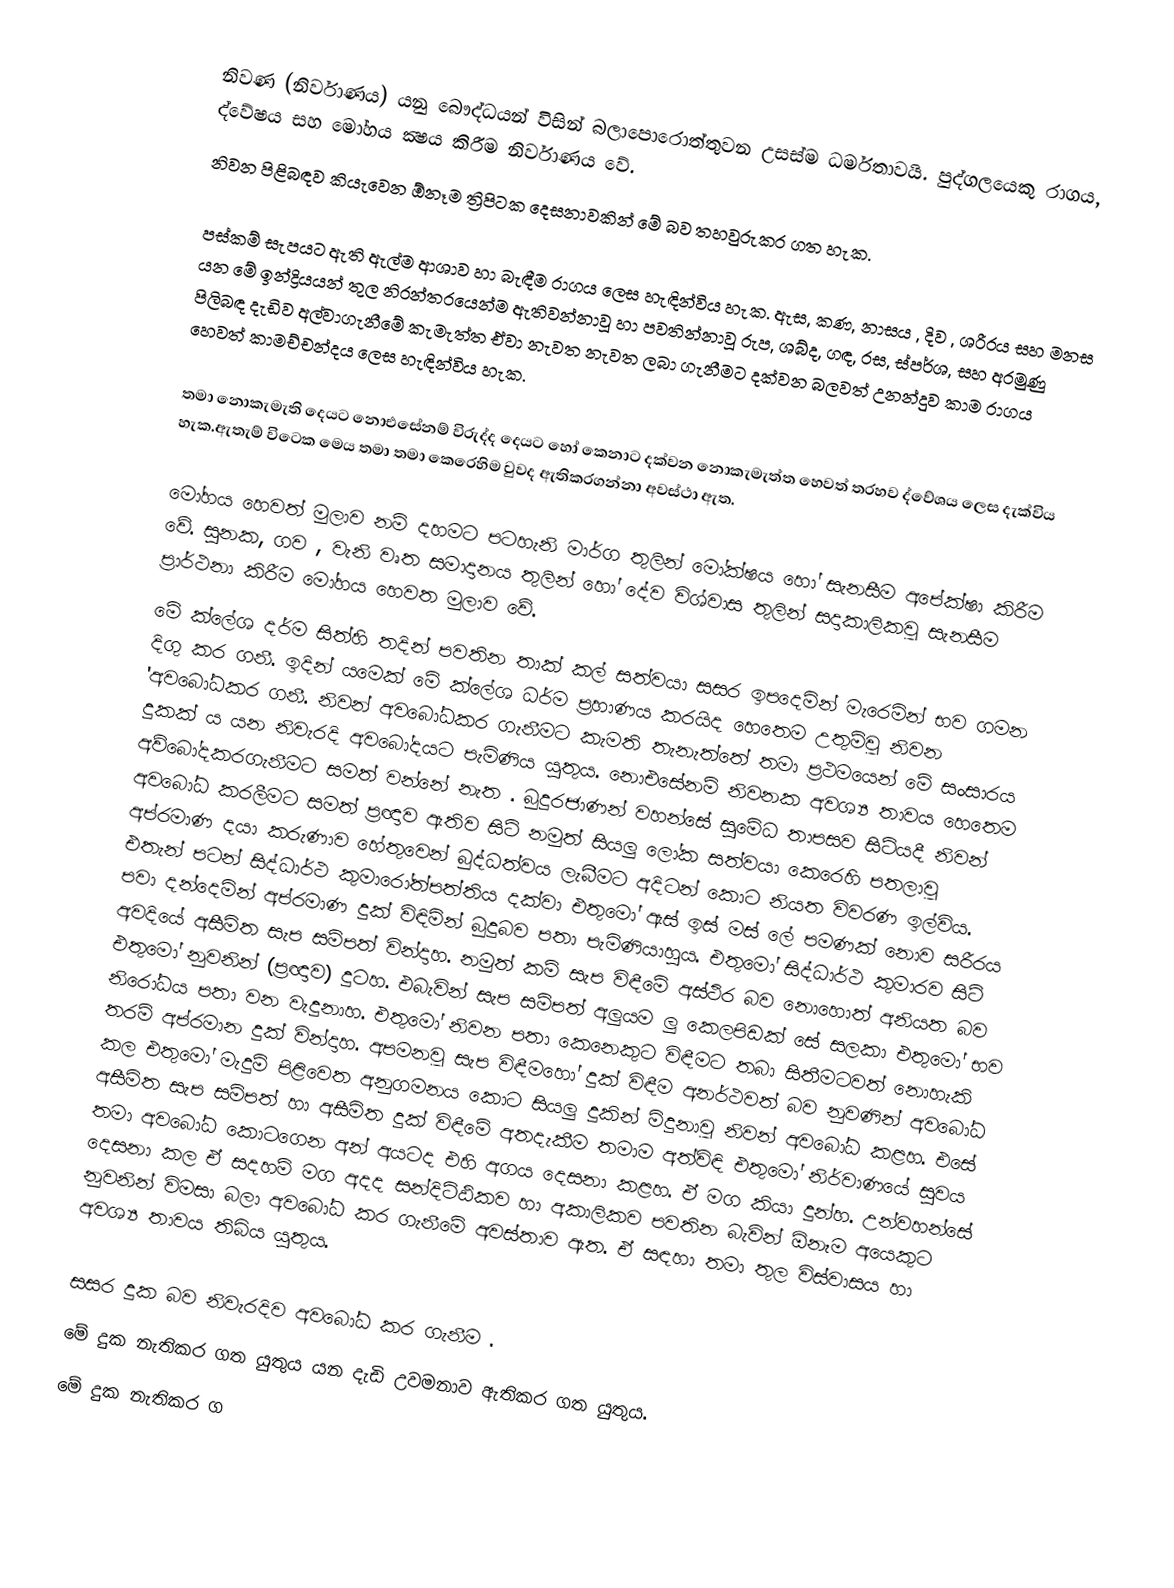
නිවණ (නිර්වාණය) යනු බෞද්ධයන් විසින් බලාපොරොත්තුවන උසස්ම ධර්මතාවයි. පුද්ගලයෙකු රාගය, ද්වේෂය සහ මෝහය ක්‍ෂය කිරීම නිර්වාණය වේ.
නිවන පිළිබඳව කියැවෙන ඕනෑම ත්‍රිපිටක දෙසනාවකින් මේ බව තහවුරුකර ගත හැක.

පස්කම් සැපයට ඇති ඇල්ම ආශාව හා බැඳීම රාගය ලෙස හැඳින්විය හැක. ඇස, කණ, නාසය , දිව , ශරීරය සහ මනස යන මේ ඉන්ද්‍රියයන් තුල නිරන්තරයෙන්ම ඇතිවන්නාවූ හා පවතින්නාවූ රුප, ශබ්ද, ගඳ, රස, ස්පර්ශ, සහ අරමුණු පිලිබඳ දැඩිව අල්වාගැනීමේ කැමැත්ත ඒවා නැවත නැවත ලබා ගැනීමට දක්වන බලවත් උනන්දුව කාම රාගය හෙවත් කාමච්චන්දය ලෙස හැඳින්විය හැක.

තමා නොකැමැති දෙයට නොඑසේනම් විරුද්ද දෙයට හෝ කෙනාට දක්වන නොකැමැත්ත හෙවත් තරහව  ද්වේශය ලෙස දැක්විය හැක.ඇතැම් විටෙක මෙය  තමා තමා කෙරෙහිම වුවද ඇතිකරගන්නා අවස්ථා ඇත.

මෝහය හෙවත් මුලාව නම් දහමට පටහැනි මාර්ග තුලින් මෝක්ෂය හෝ සැනසීම අපේක්ෂා කිරීම වේ. සුනක, ගව , වැනි වෘත සමාදානය තුලින් හෝ  දේව විශ්වාස තුලින් සදාකාලිකවූ සැනසීම ප්‍රාර්ථනා කිරීම මෝහය හෙවත මුලාව වේ.
මේ ක්ලේශ දර්ම සිත්හි තදින් පවතින තාක් කල් සත්වයා සසර ඉපදෙමින් මැරෙමින් භව ගමන දිගු කර ගනී. ඉදින් යමෙක් මේ ක්ලේශ ධර්ම ප්‍රහාණය කරයිද හෙතෙම උතුම්වූ නිවන  'අවබෝධකර ගනී. නිවන් අවබෝධකර ගැනීමට කැමති තැනැත්තේ තමා ප්‍රථමයෙන් මේ සංසාරය දුකක් ය යන නිවැරදි අවබෝදයට පැමිණිය යුතුය. නොඑසේනම් නිවනක අවශ්‍ය තාවය හෙතෙම අව්බෝදකරගැනීමට සමත් වන්නේ නැත . බුදුරජාණන් වහන්සේ  සුමේධ තාපසව සිටියදී නිවන් අවබෝධ කරලීමට සමත් ප්‍රඥාව ඇතිව සිටි නමුත් සියලු ලෝක සත්වයා කෙරෙහි පතලාවූ අප්රමාණ දයා කරුණාව හේතුවෙන් බුද්ධත්වය ලැබීමට අදිටන් කොට නියත විවරණ ඉල්විය. එතැන් පටන් සිද්ධාර්ථ කුමාරෝත්පත්තිය දක්වා එතුමෝ ඇස් ඉස් මස් ලේ පමණක් නොව සරීරය පවා දන්දෙමින් අප්රමාණ දුක් විඳිමින් බුදුබව පතා පැමිණියාහුය. එතුමෝ සිද්ධාර්ථ කුමාරව සිටි අවදියේ අසීමිත සැප සම්පත් වින්දාහ. නමුත් කම් සැප විඳීමේ අස්ථිර බව නොහොත් අනියත බව එතුමෝ නුවනින් (ප්‍රඥාව) දුටහ. එබැවින් සැප සම්පත් අලුයම ලු කෙලපිඩක් සේ සලකා එතුමෝ භව නිරෝධය පතා  වන වැදුනාහ. එතුමෝ නිවන පතා කෙනෙකුට විඳීමට තබා සිතීමටවත් නොහැකි තරම් අප්රමාන දුක් වින්දාහ. අපමනවූ සැප විඳීමහෝ දුක් විඳීම  අනර්ථවත් බව නුවණින් අවබෝධ කල එතුමෝ මැදුම් පිළිවෙත අනුගමනය කොට සියලු දුකින් මිදුනාවූ නිවන් අවබෝධ කළහ. එසේ අසීමිත සැප සම්පත් හා අසීමිත දුක් විඳීමේ අතදැකීම තමාම අත්විඳි එතුමෝ නිර්වාණයේ සුවය තමා අවබෝධ කොටගෙන අන් අයටද එහි අගය දෙසනා කළහ. ඒ මග කියා දුන්හ. උන්වහන්සේ දෙසනා කල ඒ සදහම් මග අදද සන්දිට්ඨිකව හා අකාලිකව පවතින බැවින් ඕනෑම අයෙකුට නුවනින් විමසා බලා අවබෝධ කර ගැනීමේ අවස්තාව ඇත. ඒ සඳහා තමා තුල විස්වාසය හා අවශ්‍ය තාවය තිබිය යුතුය.

 සසර දුක බව නිවැරදිව අවබෝධ කර ගැනීම .
 මේ දුක නැතිකර ගත යුතුය යන දැඩි උවමනාව ඇතිකර ගත යුතුය.
 මේ දුක නැතිකර ග